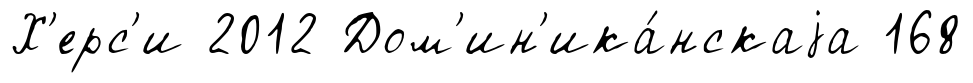
Х'ерс'и 2012 Дом'ин'ика́нскаjа 168